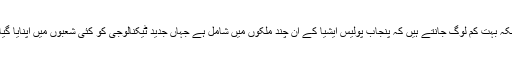
حالانکہ بہت کم لوگ جانتے ہیں کہ پنجاب پولیس ایشیا کے ان چند ملکوں میں شامل ہے جہاں جدید ٹیکنالوجی کو کئی شعبوں میں اپنایا گیا ہے۔